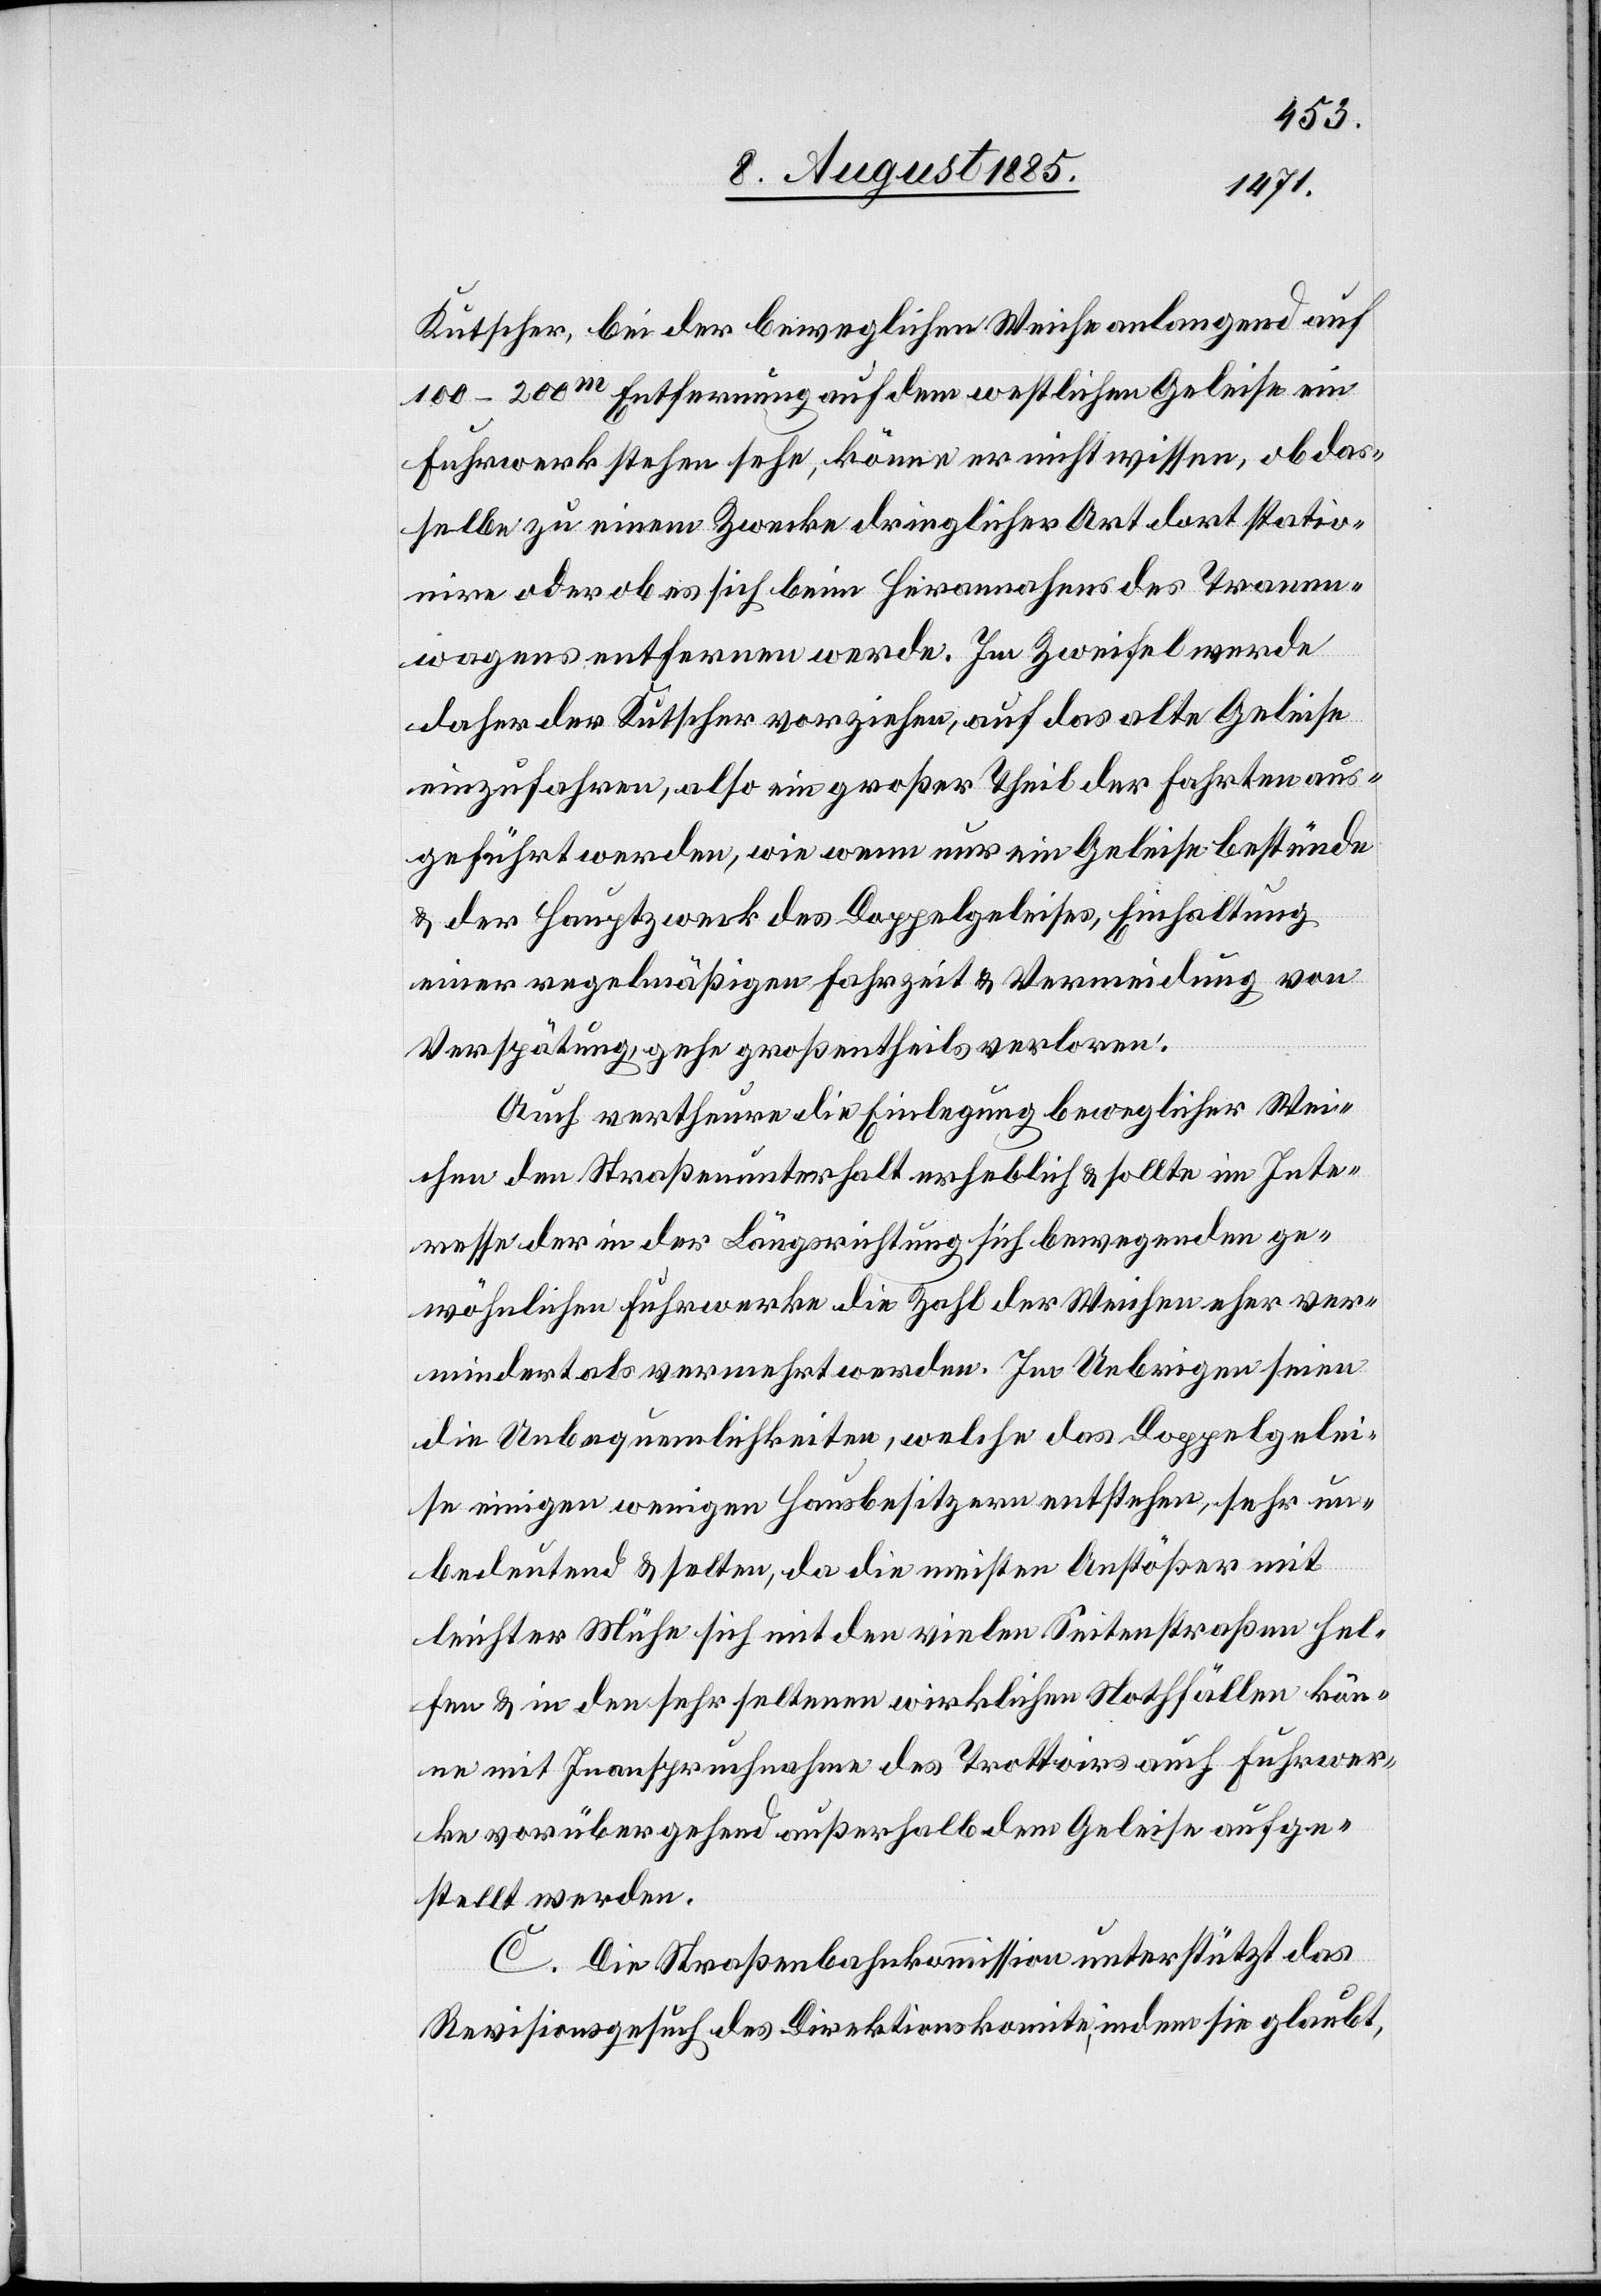
Kutscher bei der beweglichen Weiche anlangend auf
100–200m Entfernung auf dem westlichen Geleise ein
Fuhrwerk stehen sehe, könne er nicht wissen, ob das¬
selbe zu einem Zwecke dringlicher Art dort statio¬
nire oder ob es sich beim Herannahens des Tramm¬
wagens entfernen werde. Im Zweifel werde
daher der Kutscher vorziehen, auf das alte Geleise
einzufahren, also ein großer Theil der Fahren aus¬
geführt werde, wie wenn nur ein Geleise bestünde
& der Hauptzweck des Doppelgeleises, Einhaltung
einer regelmäßigen Fahrzeit & Vermeidung von
Verspätung, gehe großentheils verloren.
Auch vertheure die Einlegung beweglicher Wei¬
chen den Straßenunterhalt erheblich & sollte im Inte¬
resse der in der Längsrichtung sich bewegenden ge¬
wöhnlichen Fuhrwerke die Zahl der Weichen eher ver¬
mindert als vermehrt werden. Im Uebrigen seien
die Unbequemlichkeiten, welche das Doppelgelei¬
se einigen wenigen Hausbesitzern entstehen [sic!], sehr un¬
bedeutend & selten, da die meisten Anstößer mit
leichter Mühe sich mit den vielen Seitenstraßen hel¬
fen & in den sehr seltenen wirklichen Nothfällen kön¬
ne mit Inanspruchnahme des Trottoirs auch Fuhrwer¬
ke vorübergehend außerhalb dem Geleise aufge¬
stellt werden.
C. Die Straßenbahnkommission unterstützt das
Revisionsgesuch des Direktionskomite, indem sie glaubt,